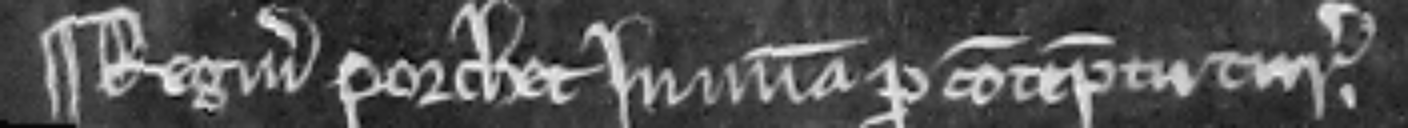
¶ Reginaldus Porchet in misericordia pro contempt curie.